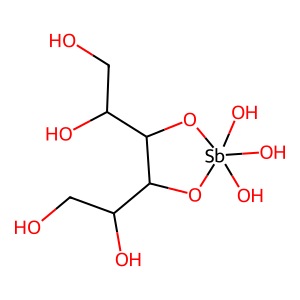
SMILES: OCC(O)C1O[Sb](O)(O)(O)OC1C(O)CO
Inhibits HIV replication: No